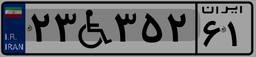
۱۴W۰۱۷۱۴